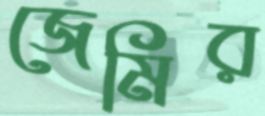
জেমির